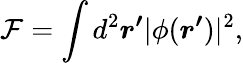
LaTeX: \mathcal{F}=\int d^{2}\boldsymbol{r^{\prime}}|\phi(\boldsymbol{r^{\prime}})|^{2},